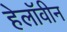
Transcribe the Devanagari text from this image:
हेलाॅवीन